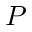
{ \cal P }